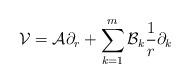
LaTeX: \begin{align*}\mathcal{V}=\mathcal{A}\partial_{r}+\sum\limits^{m}_{k=1}\mathcal{B}_{k}\frac{1}{r}\partial_{k}\end{align*}